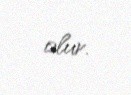
olur.